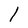
Character: 1